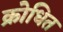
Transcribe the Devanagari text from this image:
क्रोधित